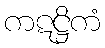
ကဋဋ္ဌိကံ